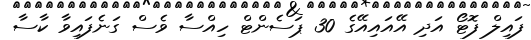
ފައިލް ފޮޓޯ އަދި އޭއައިއޭގެ 30 ޕަސެންޓް ހިއްސާ ވެސް ގަނެފައިވާ ކާސާ